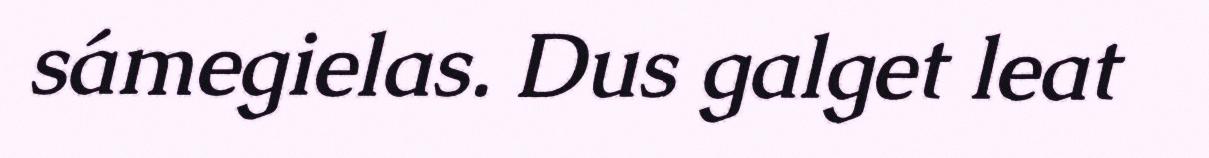
sámegielas. Dus galget leat